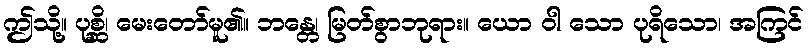
ဤသို့။ ပုစ္ဆိ၊ မေးတော်မူ၏။ ဘန္တေ၊ မြတ်စွာဘုရား။ ယော ဝါ သော ပုရိသော၊ အကြင်